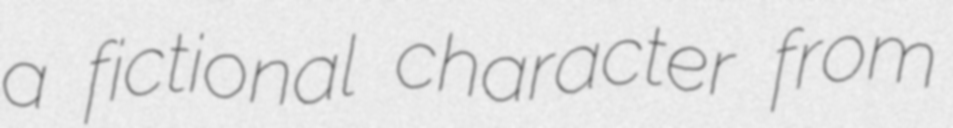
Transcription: a fictional character from